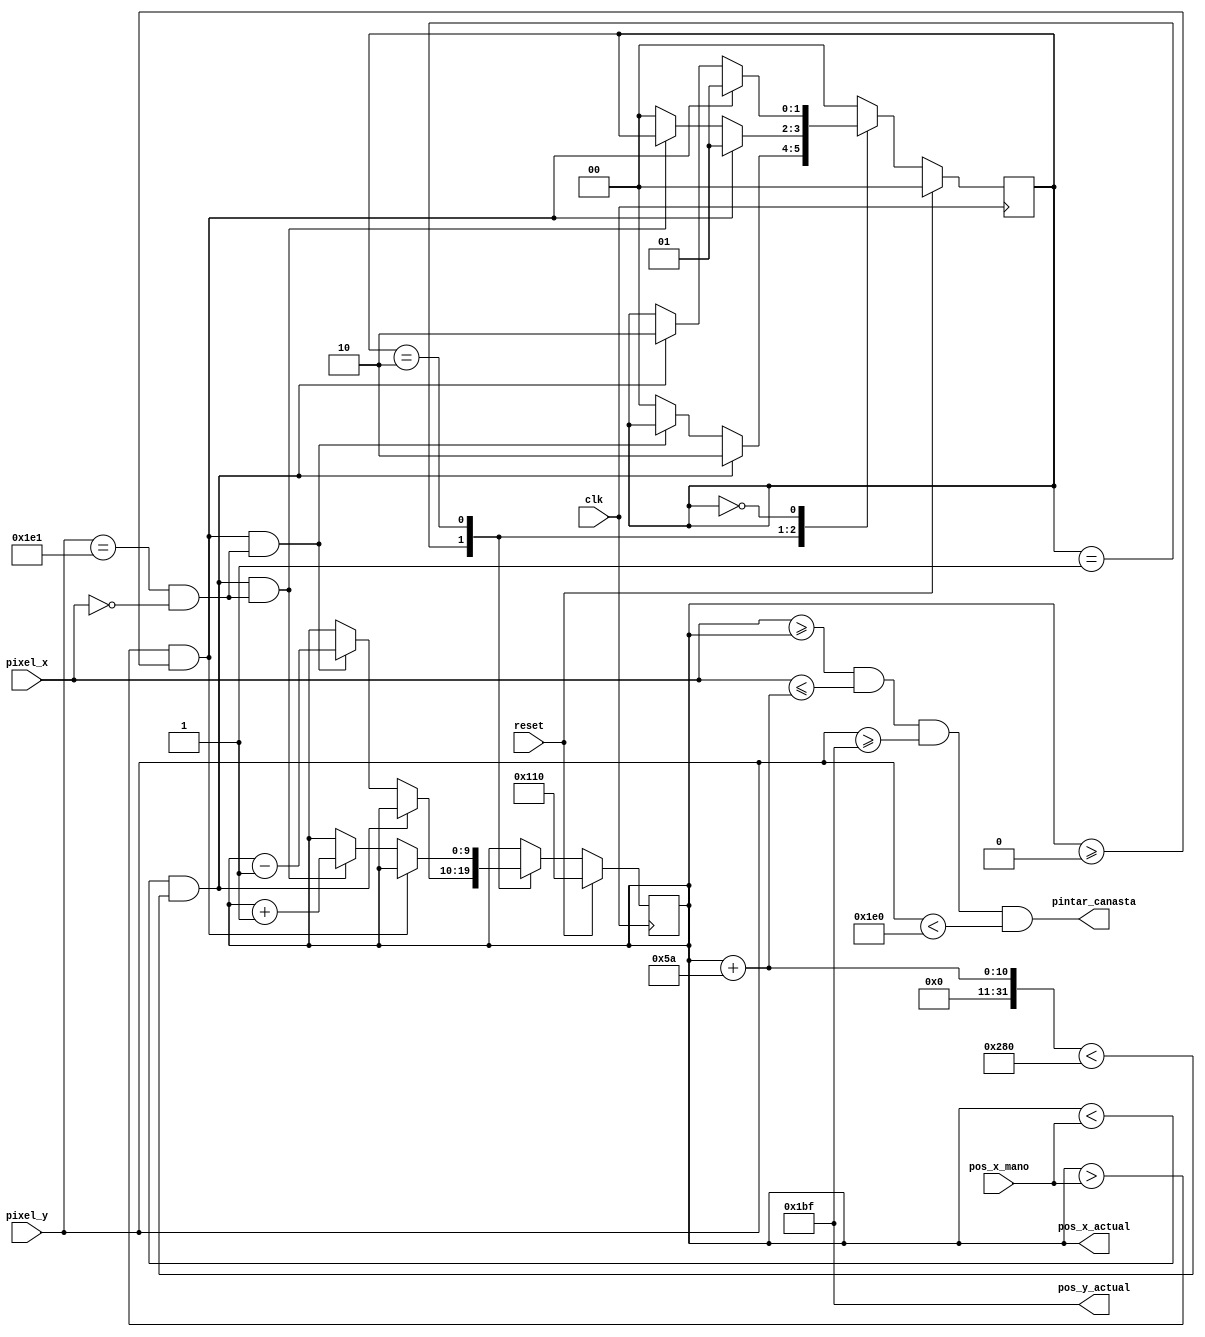
`timescale 1ns / 1ps
//////////////////////////////////////////////////////////////////////////////////
// Company: 
// Engineer: 
// 
// Design Name: 
// Module Name:    Canasta 
// Project Name: 
// Target Devices: 
// Tool versions: 
// Description: 
//
// Dependencies: 
//
// Revision: 
// Revision 0.01 - File Created
// Additional Comments: 
//
//////////////////////////////////////////////////////////////////////////////////
module Canasta(
	input clk, 
	input reset,
	input [9:0] pixel_x, pixel_y,
	input [9:0] pos_x_mano,
	output reg [9:0] pos_x_actual,
	output [8:0] pos_y_actual,
	output pintar_canasta
   );
	
	// Limites de la pantalla
	localparam MAX_Y = 480;
	localparam MAX_X = 640;
	
	// valores de la canasta
	localparam POS_X_INICIAL = 272;
	localparam TAMANIO_CANASTA = 90;
	localparam TAMANIO_CANASTA_Y = 32;
	localparam TAMANIO_CANASTA_CENTRO = 60;
	localparam [1:0] VELOCIDAD = 1;
	// estados
	localparam 	E_SIN_MOVIMIENTO		= 0,
					E_MOVIMIENTO_IZQ		= 1,
					E_MOVIMIENTO_DERECH	= 2;
					
	reg [1:0] 	E_ACTUAL, 
					E_SIGUIENTE;
	// para realizar el movimiento
	reg [9:0] pos_x_siguiente;
	// para indicar que tiene q pintar la canasta
	wire pulso_refrescar; 
	
	 
					
	always @(posedge clk) begin
		if(reset) begin
			E_ACTUAL <= E_SIN_MOVIMIENTO;
			pos_x_actual <= POS_X_INICIAL;
		end
		else begin
			E_ACTUAL <= E_SIGUIENTE;
			pos_x_actual <= pos_x_siguiente;
		end
	end
	
	always @(*) begin
		E_SIGUIENTE = E_ACTUAL;
		pos_x_siguiente = pos_x_actual;
		case(E_ACTUAL)
			E_MOVIMIENTO_IZQ: begin
				if ((pos_x_actual < pos_x_mano) && ((pos_x_actual + TAMANIO_CANASTA) < MAX_X)) begin
					E_SIGUIENTE = E_MOVIMIENTO_DERECH;
				end
				else if ((pos_x_actual > pos_x_mano) && (pos_x_actual >= 0) && (pulso_refrescar)) begin
					pos_x_siguiente = pos_x_actual - VELOCIDAD;
				end
				else begin
					E_SIGUIENTE = E_SIN_MOVIMIENTO;
				end
			end
			E_MOVIMIENTO_DERECH: begin
				if ((pos_x_actual > pos_x_mano) && (pos_x_actual >= 0)) begin
					E_SIGUIENTE = E_MOVIMIENTO_IZQ;
				end
				else if ((pos_x_actual < pos_x_mano) && ((pos_x_actual + TAMANIO_CANASTA) < MAX_X) && (pulso_refrescar)) begin
					pos_x_siguiente = pos_x_actual + VELOCIDAD;
				end
				else begin
					E_SIGUIENTE = E_SIN_MOVIMIENTO;
				end
			end
			E_SIN_MOVIMIENTO: begin
				if ((pos_x_actual > pos_x_mano) && (pos_x_actual >= 0)) begin
					E_SIGUIENTE = E_MOVIMIENTO_IZQ;
				end
				else if ((pos_x_actual < pos_x_mano) && ((pos_x_actual + TAMANIO_CANASTA) < MAX_X)) begin
					E_SIGUIENTE = E_MOVIMIENTO_DERECH;
				end
				else if (pulso_refrescar) begin
					pos_x_siguiente = pos_x_actual;
				end
			end
			default:
				begin
					E_SIGUIENTE = E_SIN_MOVIMIENTO;
				end	
		endcase
	end
	
	assign pulso_refrescar = (pixel_y == 481) && (pixel_x == 0);
	
	assign pos_y_actual = (MAX_Y - TAMANIO_CANASTA_Y - 1);
	
	assign pintar_canasta = (pixel_x >= pos_x_actual) && 
									(pixel_x <= pos_x_actual + TAMANIO_CANASTA) && 
									(pixel_y >= pos_y_actual) && (pixel_y < MAX_Y); 
		
endmodule